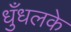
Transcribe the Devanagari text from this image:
धुँधलके